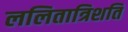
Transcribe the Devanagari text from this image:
ललितात्रिशति